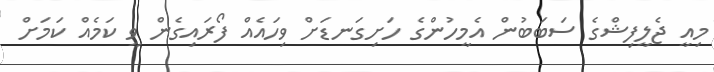
މިއީ ޖެލީފިޝްގެ ސަބަބުން އެމީހުންގެ ހަށިގަނޑަށް ވިހައެއް ފޯރައިގެން ވީ ކަމެއް ކަމަށް